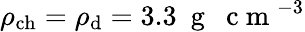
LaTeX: \rho_{\mathrm{ch}}=\rho_{\mathrm{d}}=3.3~\mathrm{~g~~~c~m~}^{-3}